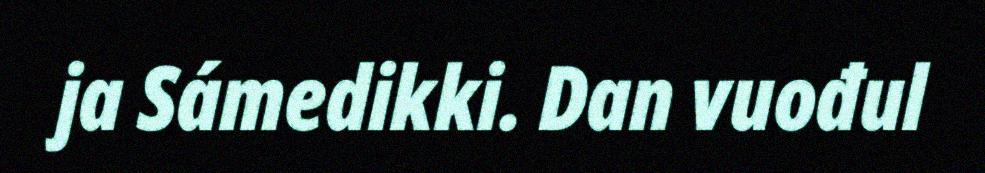
ja Sámedikki. Dan vuođul